Report on lock hospitals in British Burma
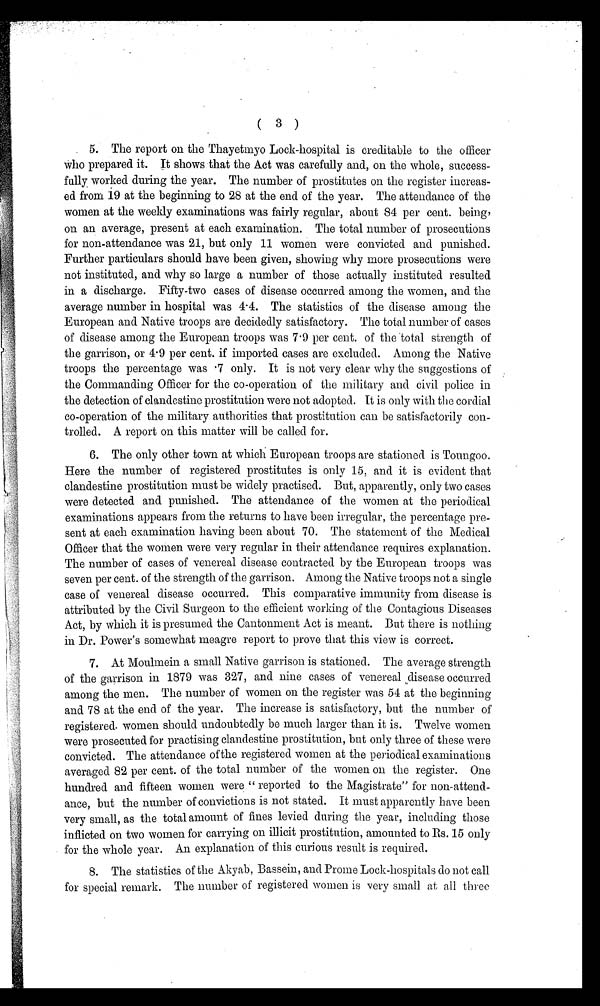
(3)
5. The report on the Thayetmyo Lock-hospital is creditable to the officer
Who prepared it. It shows that the Act was carefully and, on the whole, success-
fully worked during the year. The number of prostitutes on the register increas-
ed from 19 at the beginning to 28 at the end of the year. The attendance of the
women at the weekly examinations was fairly regular, about 84 per cent. being,
on an average, present at each examination. The total number of prosecutions
for non-attendance was 21, but only 11 women were convicted and punished.
Further particulars should have been given, showing why more prosecutions were
not instituted, and why so large a number of those actually instituted resulted
in a discharge. Fifty-two cases of disease occurred among the women, and the
average number in hospital was 4.4. The statistics of the disease among the
European and Native troops are decidedly satisfactory. The total number of cases
of disease among the European troops was 7.9 per cent. of the total strength of
the garrison, or 4.9 per cent. if imported cases are excluded. Among the Native
troops the percentage was .7 only. It is not very clear why the suggestions of
the Commanding Officer for the co-operation of the military and civil police in
the detection of clandestine prostitution were not adopted. It is only with the cordial
co-operation of the military authorities that prostitution can be satisfactorily con-
trolled. A report on this matter will be called for.
6. The only other town at which European troops are stationed is Toungoo.
Here the number of registered prostitutes is only 15, and it is evident that
clandestine prostitution must be widely practised. But, apparently, only two cases
were detected and punished. The attendance of the women at the periodical
examinations appears from the returns to have been irregular, the percentage pre-
sent at each examination having been about 70. The statement of the Medical
Officer that the women were very regular in their attendance requires explanation.
The number of cases of venereal disease contracted by the European troops was
seven per cent. of the strength of the garrison. Among the Native troops not a single
case of venereal disease occurred. This comparative immunity from disease is
attributed by the Civil Surgeon to the efficient working of the Contagious Diseases
Act, by which it is presumed the Cantonment Act is meant. But there is nothing
in Dr. Power's somewhat meagre report to prove that this view is correct.
7. At Moulmein a small Native garrison is stationed. The average strength
of the garrison in 1879 was 327, and nine cases of venereal disease occurred
among the men. The number of women on the register was 54 at the beginning
and 78 at the end of the year. The increase is satisfactory, but the number of
registered. women should undoubtedly be much larger than it is. Twelve women
were prosecuted for practising clandestine prostitution, but only three of these were
convicted. The attendance of the registered women at the periodical examinations
averaged 82 per cent. of the total number of the women on the register. One
hundred and fifteen women were "reported to the Magistrate" for non-attend-
ance, but the number of convictions is not stated. It must apparently have been
very small, as the total amount of fines levied during the year, including those
inflicted on two women for carrying on illicit prostitution, amounted to Rs. 15 only
for the whole year. An explanation of this curious result is required.
8. The statistics of the Akyab, Bassein, and Prome Lock-hospitals do not call
for special remark. The number of registered women is very small at all three